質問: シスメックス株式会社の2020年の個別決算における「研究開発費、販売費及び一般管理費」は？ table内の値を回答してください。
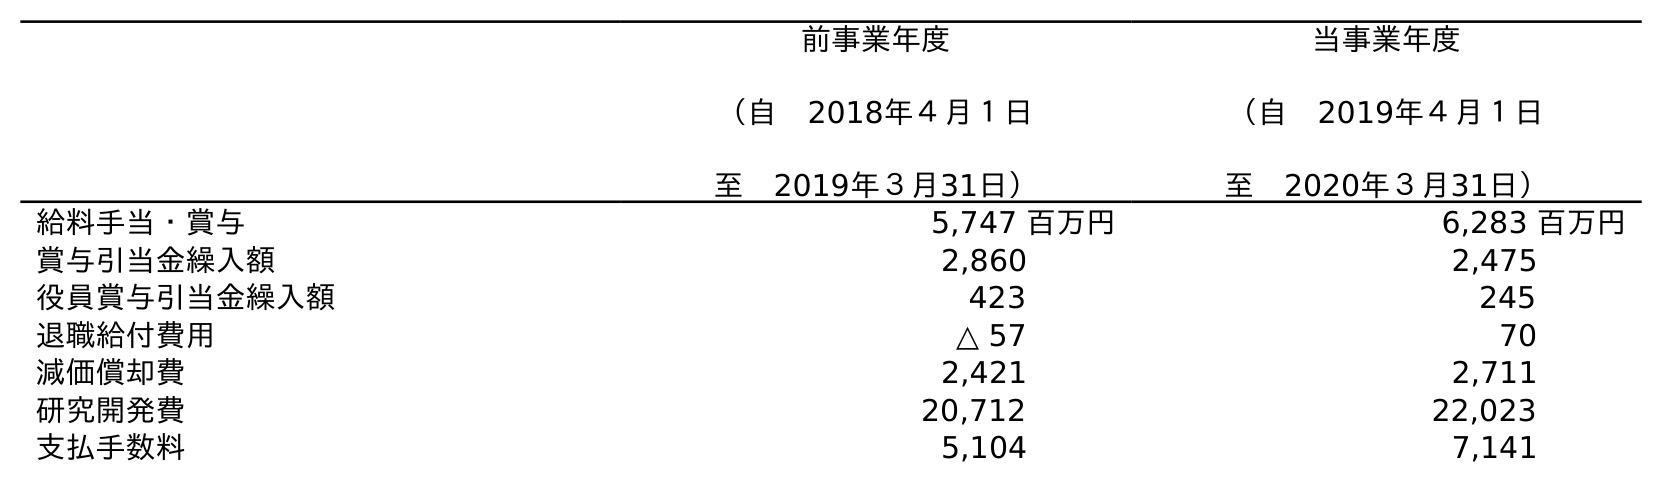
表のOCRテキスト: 前事業年度 （自 2018年４月１日 至 2019年３月31日） 当事業年度 （自 2019年４月１日 至 2020年３月31日） 給料手当・賞与 5,747 百万円 6,283 百万円 賞与引当金繰入額 2,860 2,475 役員賞与引当金繰入額 423 245 退職給付費用 △ 57 70 減価償却費 2,421 2,711 研究開発費 20,712 22,023 支払手数料 5,104 7,141
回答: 22,023